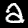
Label: 2